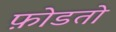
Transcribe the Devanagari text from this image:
फ़ोडतो